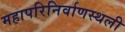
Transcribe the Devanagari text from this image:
महापरिनिर्वाणस्थली